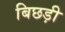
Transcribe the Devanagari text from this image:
बिछड़ी